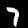
Label: 7